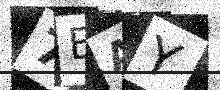
Text: 7EAY